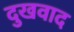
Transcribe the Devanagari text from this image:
दुखवाद